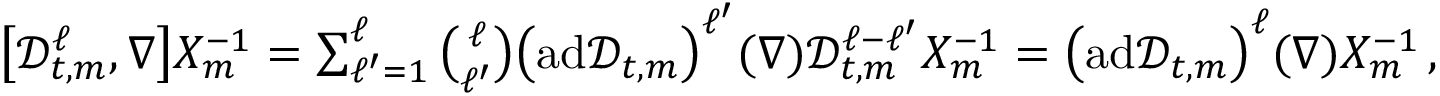
\begin{array} { r } { \big [ \mathscr { D } _ { t , m } ^ { \ell } , \nabla \bigr ] X _ { m } ^ { - 1 } = \sum _ { \ell ^ { \prime } = 1 } ^ { \ell } \binom { \ell } { \ell ^ { \prime } } \bigl ( \mathrm { a d } \mathscr { D } _ { t , m } \bigr ) ^ { \ell ^ { \prime } } ( \nabla ) \mathscr { D } _ { t , m } ^ { \ell - \ell ^ { \prime } } X _ { m } ^ { - 1 } = \bigl ( \mathrm { a d } \mathscr { D } _ { t , m } \bigr ) ^ { \ell } ( \nabla ) X _ { m } ^ { - 1 } \, , } \end{array}